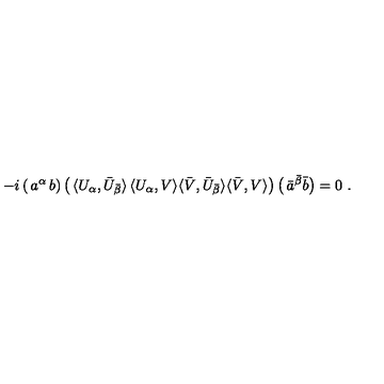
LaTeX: - i \left( \begin{matrix} { a ^ { \alpha } } & { b } \\ \end{matrix} \right) \left( \begin{matrix} { \langle U _ { \alpha } , \bar { U } _ { \bar { \beta } } \rangle } & { \langle U _ { \alpha } , V \rangle } \\ { \langle \bar { V } , \bar { U } _ { \bar { \beta } } \rangle } & { \langle \bar { V } , V \rangle } \\ \end{matrix} \right) \left( \begin{matrix} { \bar { a } ^ { \bar { \beta } } } \\ { \bar { b } } \\ \end{matrix} \right) = 0 \ .